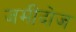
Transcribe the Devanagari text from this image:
जमींदोज